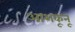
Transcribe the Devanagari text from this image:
आशकूनू